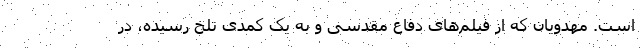
است. مهدویان که از فیلم‌های دفاع مقدسی و به یک کمدی تلخ رسیده، در